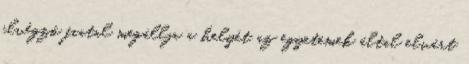
elvégző fiatal megállja a helyét az egyetemek által elvárt